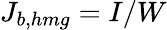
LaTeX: J_{b,hmg}=I/W